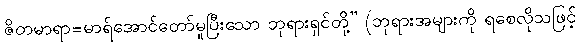
ဇိတမာရာ=မာရ်အောင်တော်မူပြီးသော ဘုရားရှင်တို့” (ဘုရားအများကို ရစေလိုသဖြင့်